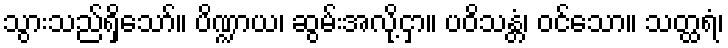
သွားသည်ရှိသော်။ ပိဏ္ဍာယ၊ ဆွမ်းအလို့ငှာ။ ပဝိသန္တံ၊ ဝင်သော။ သတ္ထရံ၊